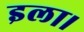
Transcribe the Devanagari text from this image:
इला।